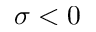
\sigma < 0